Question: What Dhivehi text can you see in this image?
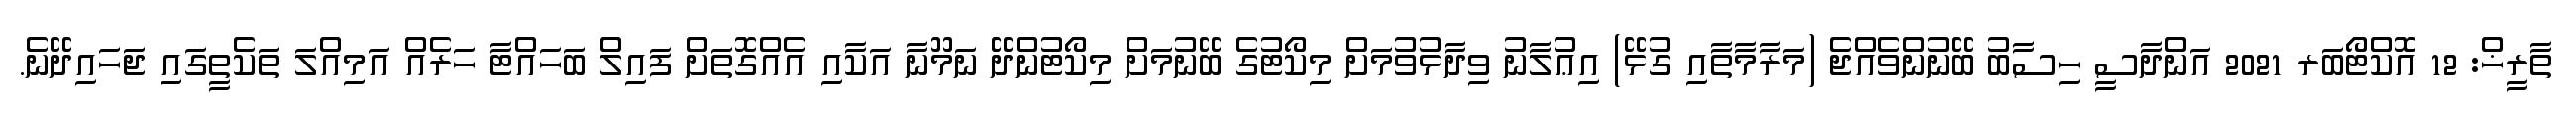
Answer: ތާރީޚް: 12 އޮކްޓޯބަރ 2021 އަންދާސީ ހިސާބު ބޭނުންވެއްޖެ (މަރާމާތާއި ގުޅޭ) އިޢުލާނު ވިދާޅުވުމަށް މިކޯޓުގެ ބޭނުމަށް މިކޯޓުންދޭ ނަމޫނާ އަކާއި އެއްގޮތަށް ފައިލް ބަހައްޓާ ހަރެއް އަމިއްލަ ތަކެތީގައި ޖަހައިދޭނެ.